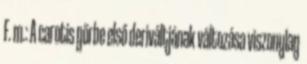
F. m.: A carotis görbe első deriváltjának változása viszonylag